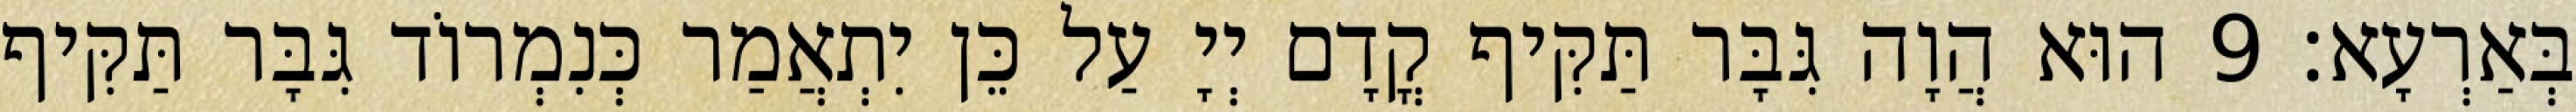
בְּאַרְעָא׃ 9 הוּא הֲוָה גִּבָּר תַּקִּיף קֳדָם יְיָ עַל כֵּן יִתְאֲמַר כְּנִמְרוֹד גִּבָּר תַּקִּיף